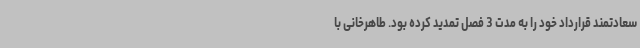
سعادتمند قرارداد خود را به مدت 3 فصل تمدید کرده بود. طاهرخانی با